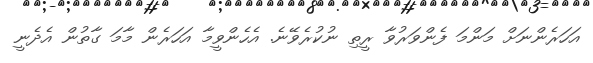
އަހަރެންނަށް މަންމަ ފެންވަރުވާ ރީތި ނުކުރެވޭނެ. އެހެންވީމާ އަހަރެން މާމަ ގާތުން އެދެނީ